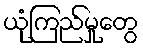
ယုံကြည်မှုတွေ